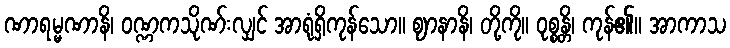
ဏာရမ္မဏာနိ၊ ဝဏ္ဏကသိုဏ်းလျှင် အာရုံရှိကုန်သော။ ဈာနာနိ၊ တို့ကို။ ဝုစ္စန္တိ၊ ကုန်၏။ အာကာသ